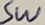
Text: SW